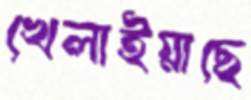
খেলাইয়াছে